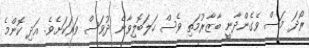
ރޯދަ މަސް ވެެގެންދާނީ ބާޒާރުމަތި ވެސް ހަލަބޮލިވާނެ ދުވަސް ވަރަކަށެވެ. އަދި ކޮންމެ